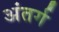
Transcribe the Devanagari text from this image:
अंतर्ग